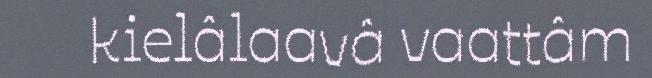
kielâlaavâ vaattâm